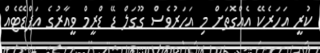
ކުރީ އަހަރެކޭ އެއްގޮތަށް މި އަހަރުވެސް ގޫގަލް ޑޭ ޑްރީމް ވީއާރުގެ އަޕްޑޭޓެއް